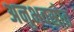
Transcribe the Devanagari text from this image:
अनुभवस्रोत